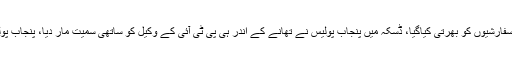
عمران خان کاکہناتھاکہ سابق آئی جی عباس خان نے اپنی رپورٹ میں بتایاکہ پولیس میں سفارشیوں کو بھرتی کیاگیا، ڈسکہ میں پنجاب پولیس نے تھانے کے اندر ہی پی ٹی آئی کے وکیل کو ساتھی سمیت مار دیا، پنجاب پولیس ظالم کیساتھ کھڑی ہوجاتی ہے ،خیبرپختونخواہ پولیس مکمل طورپر غیر سیاسی ہے ۔